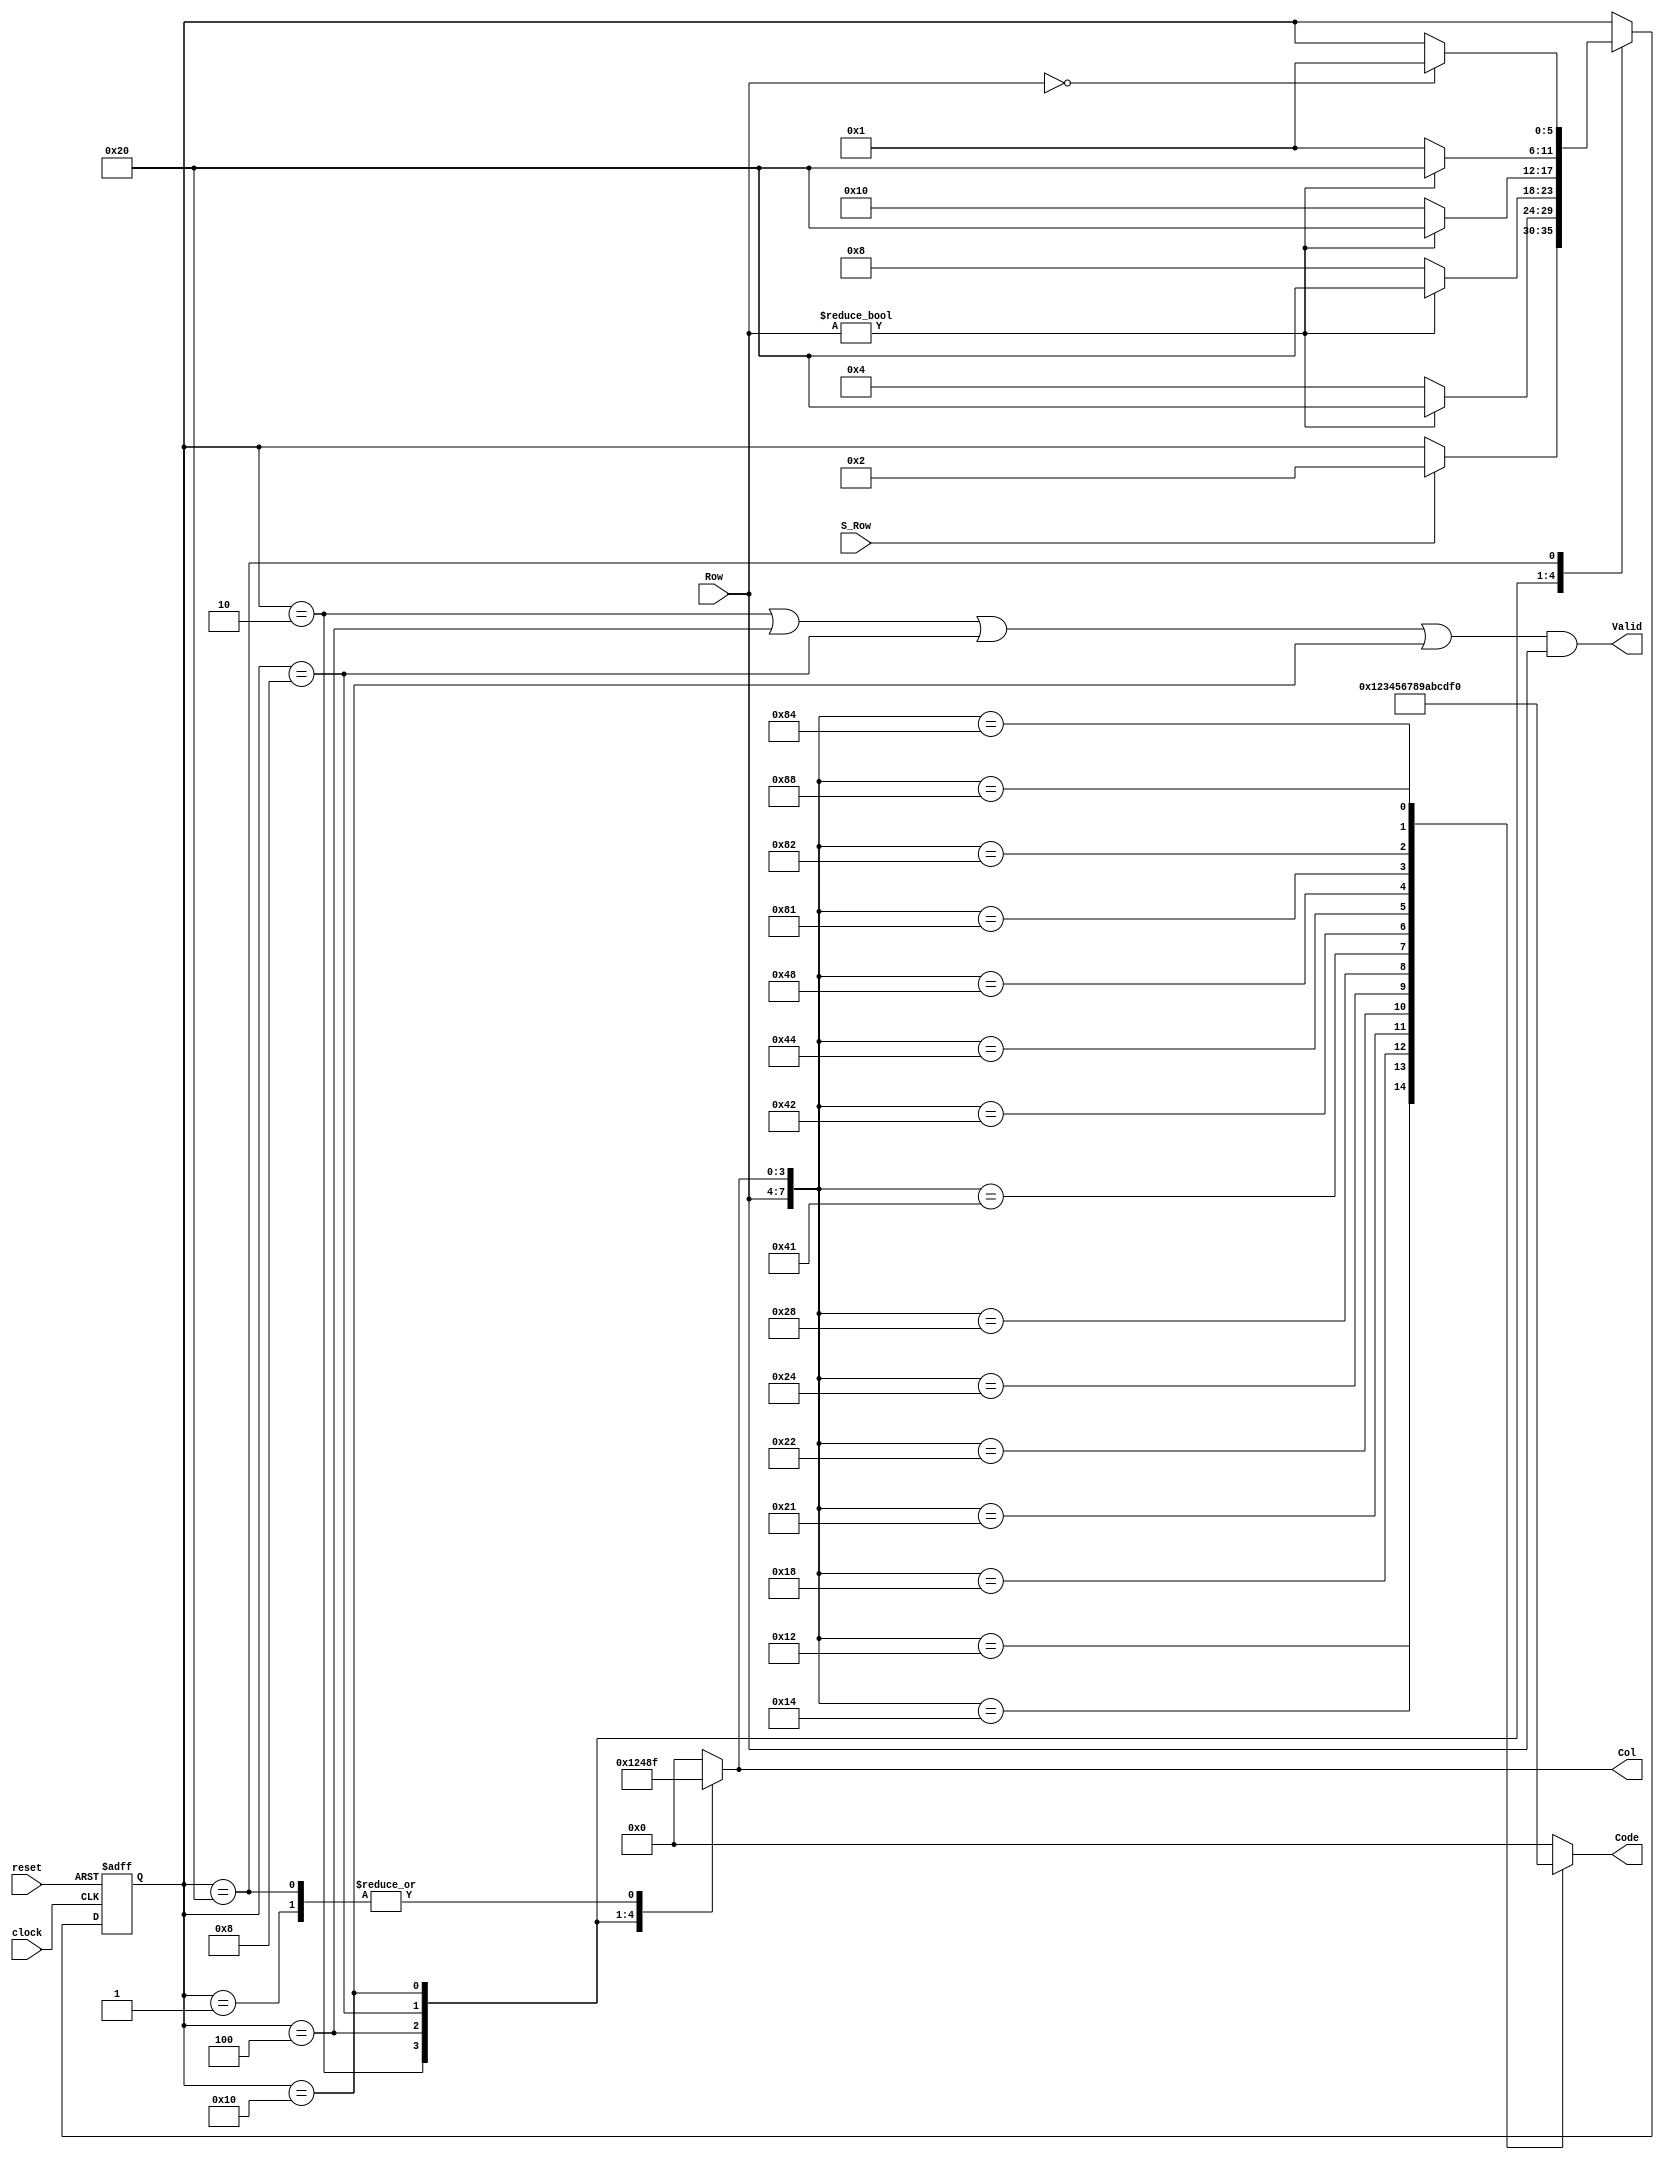
// Hexadecimal Keypad Scanner
module Hex_Keypad(
    input [3:0] Row,
    input S_Row,
    input clock,
    input reset,
    output reg [3:0] Code,
    output Valid,
    output reg [3:0] Col
    );
    
    reg [5: 0] state, next_state;
    
   // One-hot encoding
    parameter S_0 = 6'b000001, S_1 = 6'b000010, S_2 = 6'b000100;
    parameter S_3 = 6'b001000, S_4 = 6'b010000, S_5 = 6'b100000;
    assign Valid = ((state == S_1) || (state == S_2) || (state == S_3) || (state == S_4)) && Row;
    always @ (Row or Col)
    case ({Row, Col})
        8'b0001_0001: Code = 0; 
        8'b0001_0010: Code = 1;
        8'b0001_0100: Code = 2; 
        8'b0001_1000: Code = 3;
        8'b0010_0001: Code = 4; 
        8'b0010_0010: Code = 5;
        8'b0010_0100: Code = 6;
        8'b0010_1000: Code = 7;
        8'b0100_0001: Code = 8;
        8'b0100_0010: Code = 9;
        8'b0100_0100: Code = 10;        //A
        8'b0100_1000: Code = 11;        //B
        8'b1000_0001: Code = 12;        //C
        8'b1000_0010: Code = 13;        //D
        8'b1000_0100: Code = 14;        //E
        8'b1000_1000: Code = 15;        //F
        default: Code = 0;                     //Arbitrary choice
    endcase
    always @(posedge clock or posedge reset)
    if (reset) state <= S_0;
    else state <= next_state;
    always@ (state or S_Row or Row)                 // Next-state logic
    begin next_state = state; Col = 0;
    case (state)
        //Assert all columns
        S_0: begin Col = 15; if (S_Row) next_state =S_1; end
        //Assert column 0
        S_1: begin Col = 1; if (Row) next_state = S_5; else next_state = S_2; end
        //Assert column 1
        S_2: begin Col = 2; if (Row) next_state = S_5; else next_state = S_3; end
        // Assert column 2
        S_3: begin Col = 4; if (Row) next_state = S_5; else next_state= S_4; end
       // Assert column 3
        S_4: begin Col = 8; if (Row) next_state = S_5; else next_state = S_0; end
        // Assert all rows
        S_5: begin Col = 15; if (Row ==0) next_state = S_0; end
    endcase
    end
endmodule

//Module to detect Row
module Row_Sig(                                                //Scans for row of the asserted key
    input [15:0] Key,
    input [3:0] Col,
    output reg [3:0] Row
    );
    
    always @(Key or Col) begin                                  //Combinational logic for key assertion
    Row[0] =  Key[0] && Col[0] || Key[1] && Col[1] || Key[2] && Col[2] || Key[3] && Col[3];
    Row[1] =  Key[4] && Col[0] || Key[5] && Col[1] || Key[6] && Col[2] || Key[7] && Col[3];
    Row[2] =  Key[8] && Col[0] || Key[9] && Col[1] || Key[10] && Col[2] || Key[11] && Col[3];
    Row[3] =  Key[12] && Col[0] || Key[13] && Col[1] || Key[14] && Col[2] || Key[15] && Col[3];
    end

endmodule

//Module fort synchronizer 

module Synch(
    input [3:0] Row,
    input clock,
    input reset,
    output reg S_Row
    );
    reg A_Row;
    
    always @ (negedge clock or posedge reset)
    begin
    if (reset) 
    begin 
    A_Row <= 0;
    S_Row <= 0;
    end
    else 
    begin 
    A_Row <= (Row[0] || Row[1] || Row[2] || Row[3]);
    S_Row <= A_Row;
    end 
    end
        
endmodule